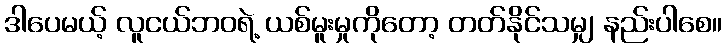
ဒါပေမယ့် လူငယ်ဘဝရဲ့ ယစ်မူးမှုကိုတော့ တတ်နိုင်သမျှ နည်းပါစေ။